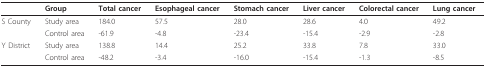
<table><thead><tr><td>[EMPTY_CELL]</td><td><b>Group</b></td><td><b>Total cancer</b></td><td><b>Esophageal cancer</b></td><td><b>Stomach cancer</b></td><td><b>Liver cancer</b></td><td><b>Colorectal cancer</b></td><td><b>Lung cancer</b></td></tr></thead><tbody><tr><td>S County</td><td>Study area</td><td>184.0</td><td>57.5</td><td>28.0</td><td>28.6</td><td>4.0</td><td>49.2</td></tr><tr><td>[EMPTY_CELL]</td><td>Control area</td><td>-61.9</td><td>-4.8</td><td>-23.4</td><td>-15.4</td><td>-2.9</td><td>-2.8</td></tr><tr><td>Y District</td><td>Study area</td><td>138.8</td><td>14.4</td><td>25.2</td><td>33.8</td><td>7.8</td><td>33.0</td></tr><tr><td>[EMPTY_CELL]</td><td>Control area</td><td>-48.2</td><td>-3.4</td><td>-16.0</td><td>-15.4</td><td>-1.3</td><td>-8.5</td></tr></tbody></table>